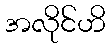
အလိုင်ဟိ